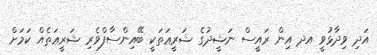
އަދި ވިދާޅުވީ އދ އިން ރައީސް ނަޝީދުގެ ޝަރީޢަތަކީ ބޭއިންސާފްވެރި ޝަރީޢަތެއް ކަމަށް